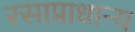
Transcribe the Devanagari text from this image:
रसाप्राधान्य